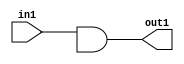
module REG_NR_UASR (in1, out1);
   input in1;
   output out1;
   reg out1;
   reg g1;
   always @(in1 or g1)
   out1 <= in1 & g1;
endmodule